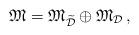
LaTeX: \begin{align*} {\mathfrak M} = {\mathfrak M}_{\widetilde{\cal D}} \oplus {\mathfrak M}_{\cal D}\,,\end{align*}